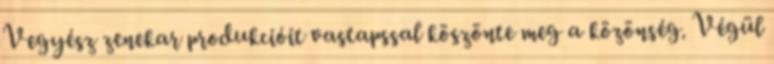
Vegyész zenekar produkcióit vastapssal köszönte meg a közönség. Végül